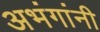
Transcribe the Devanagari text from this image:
अभंगांनी